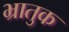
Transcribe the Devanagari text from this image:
भ्रातुक